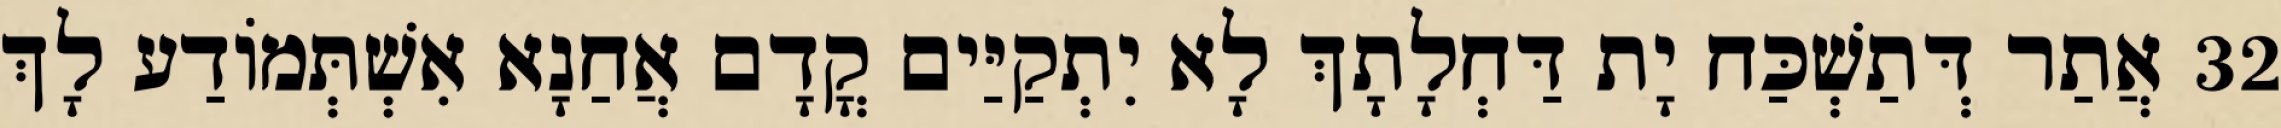
32 אֲתַר דְּתַשְׁכַּח יָת דַּחְלָתָךְ לָא יִתְקַיַּים קֳדָם אֲחַנָא אִשְׁתְּמוֹדַע לָךְ